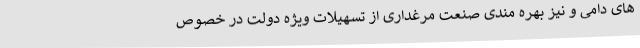
های دامی و نیز بهره مندی صنعت مرغداری از تسهیلات ویژه دولت در خصوص